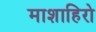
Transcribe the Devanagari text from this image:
माशाहिरो